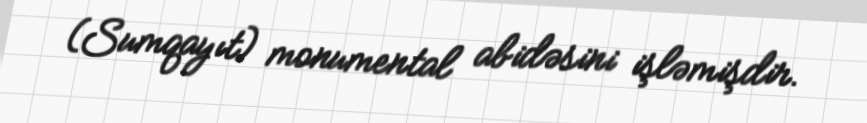
(Sumqayıt) monumental abidəsini işləmişdir.